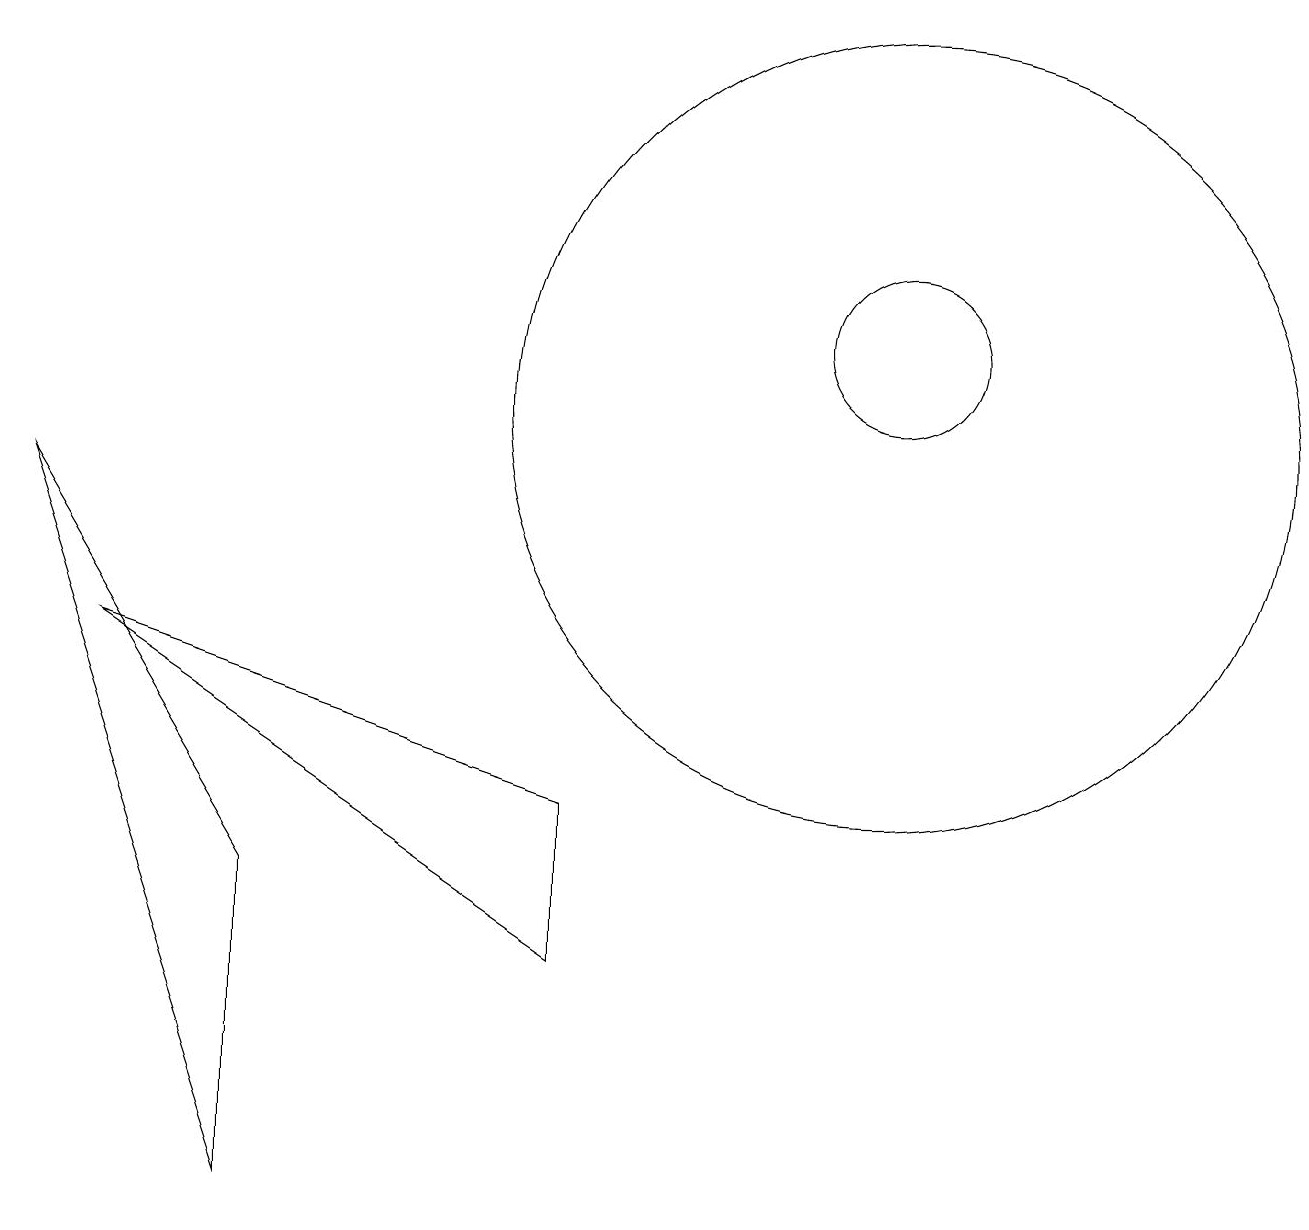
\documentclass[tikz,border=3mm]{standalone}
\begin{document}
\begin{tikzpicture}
\draw (11,11) circle (1);
\draw (3,0) -- (0,9) -- (3,4) -- cycle;
\draw (11,10) circle (5);
\draw (7,3) -- (1,7) -- (7,5) -- cycle;
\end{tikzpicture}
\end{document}